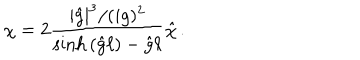
LaTeX: \chi = 2 \frac { | { \hat { g } } | ^ { 3 } / ( i g ) ^ { 2 } } { \sinh { \left( { \hat { g } } \ell \right) } - { \hat { g } } \ell } { \hat { \chi } } \, .